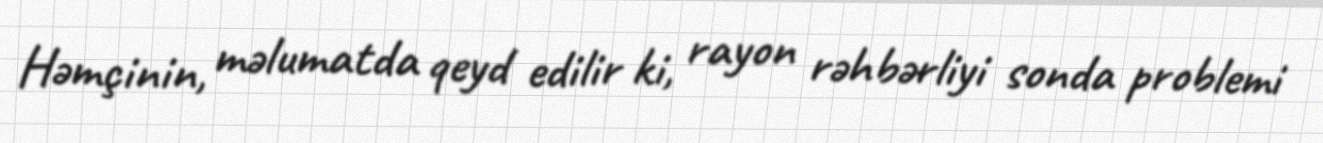
Həmçinin, məlumatda qeyd edilir ki, rayon rəhbərliyi sonda problemi